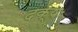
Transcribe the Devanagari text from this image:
दक्षः